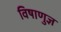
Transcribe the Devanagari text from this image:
विषाणुज्ञ